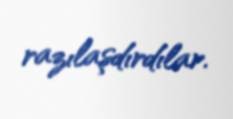
razılaşdırdılar.